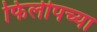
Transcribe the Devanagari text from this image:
फिलीपच्या